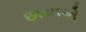
છાયાએ